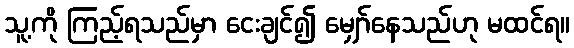
သူ့ကို ကြည့်ရသည်မှာ ငေးချင်၍ မျှော်နေသည်ဟု မထင်ရ။